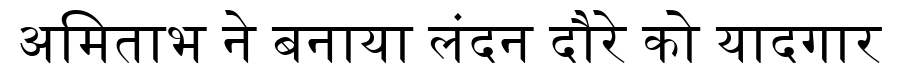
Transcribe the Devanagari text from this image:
अमिताभ ने बनाया लंदन दौरे को यादगार